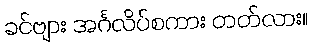
ခင်ဗျား အင်္ဂလိပ်စကား တတ်လား။